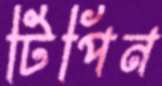
টিপিন